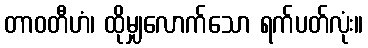
တာဝတီဟံ၊ ထိုမျှလောက်သော ရက်ပတ်လုံး။